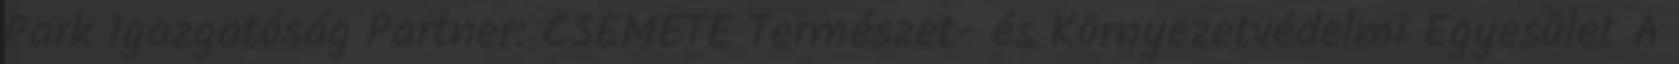
Park Igazgatóság Partner: CSEMETE Természet- és Környezetvédelmi Egyesület A